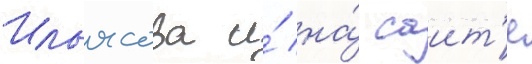
Ильясова и́ на́ саит'е